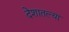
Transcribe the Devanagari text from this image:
देशातल्‍या